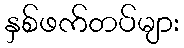
နှစ်ဖက်တပ်များ